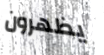
يظهرون